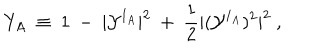
LaTeX: Y _ { A } ~ \equiv ~ 1 ~ - ~ | { \cal Y } ^ { I _ { A } } | ^ { 2 } ~ + ~ \frac 1 2 | ( { \cal Y } ^ { I _ { A } } ) ^ { 2 } | ^ { 2 } ~ ,